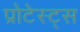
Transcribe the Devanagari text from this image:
प्रोटेस्ट्स